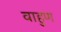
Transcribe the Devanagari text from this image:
वाहुण